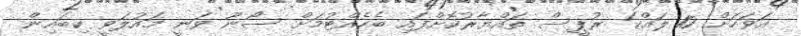
އަވަހަށް 10 ލައްކަ ރުޕީސް ތައްޔާރުކޮށްފައި ބެހެއްޓުމަށް ސޯނޫ ވަނީ މައުލަވީ ކިބައިން